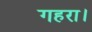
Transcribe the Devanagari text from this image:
गहरा।